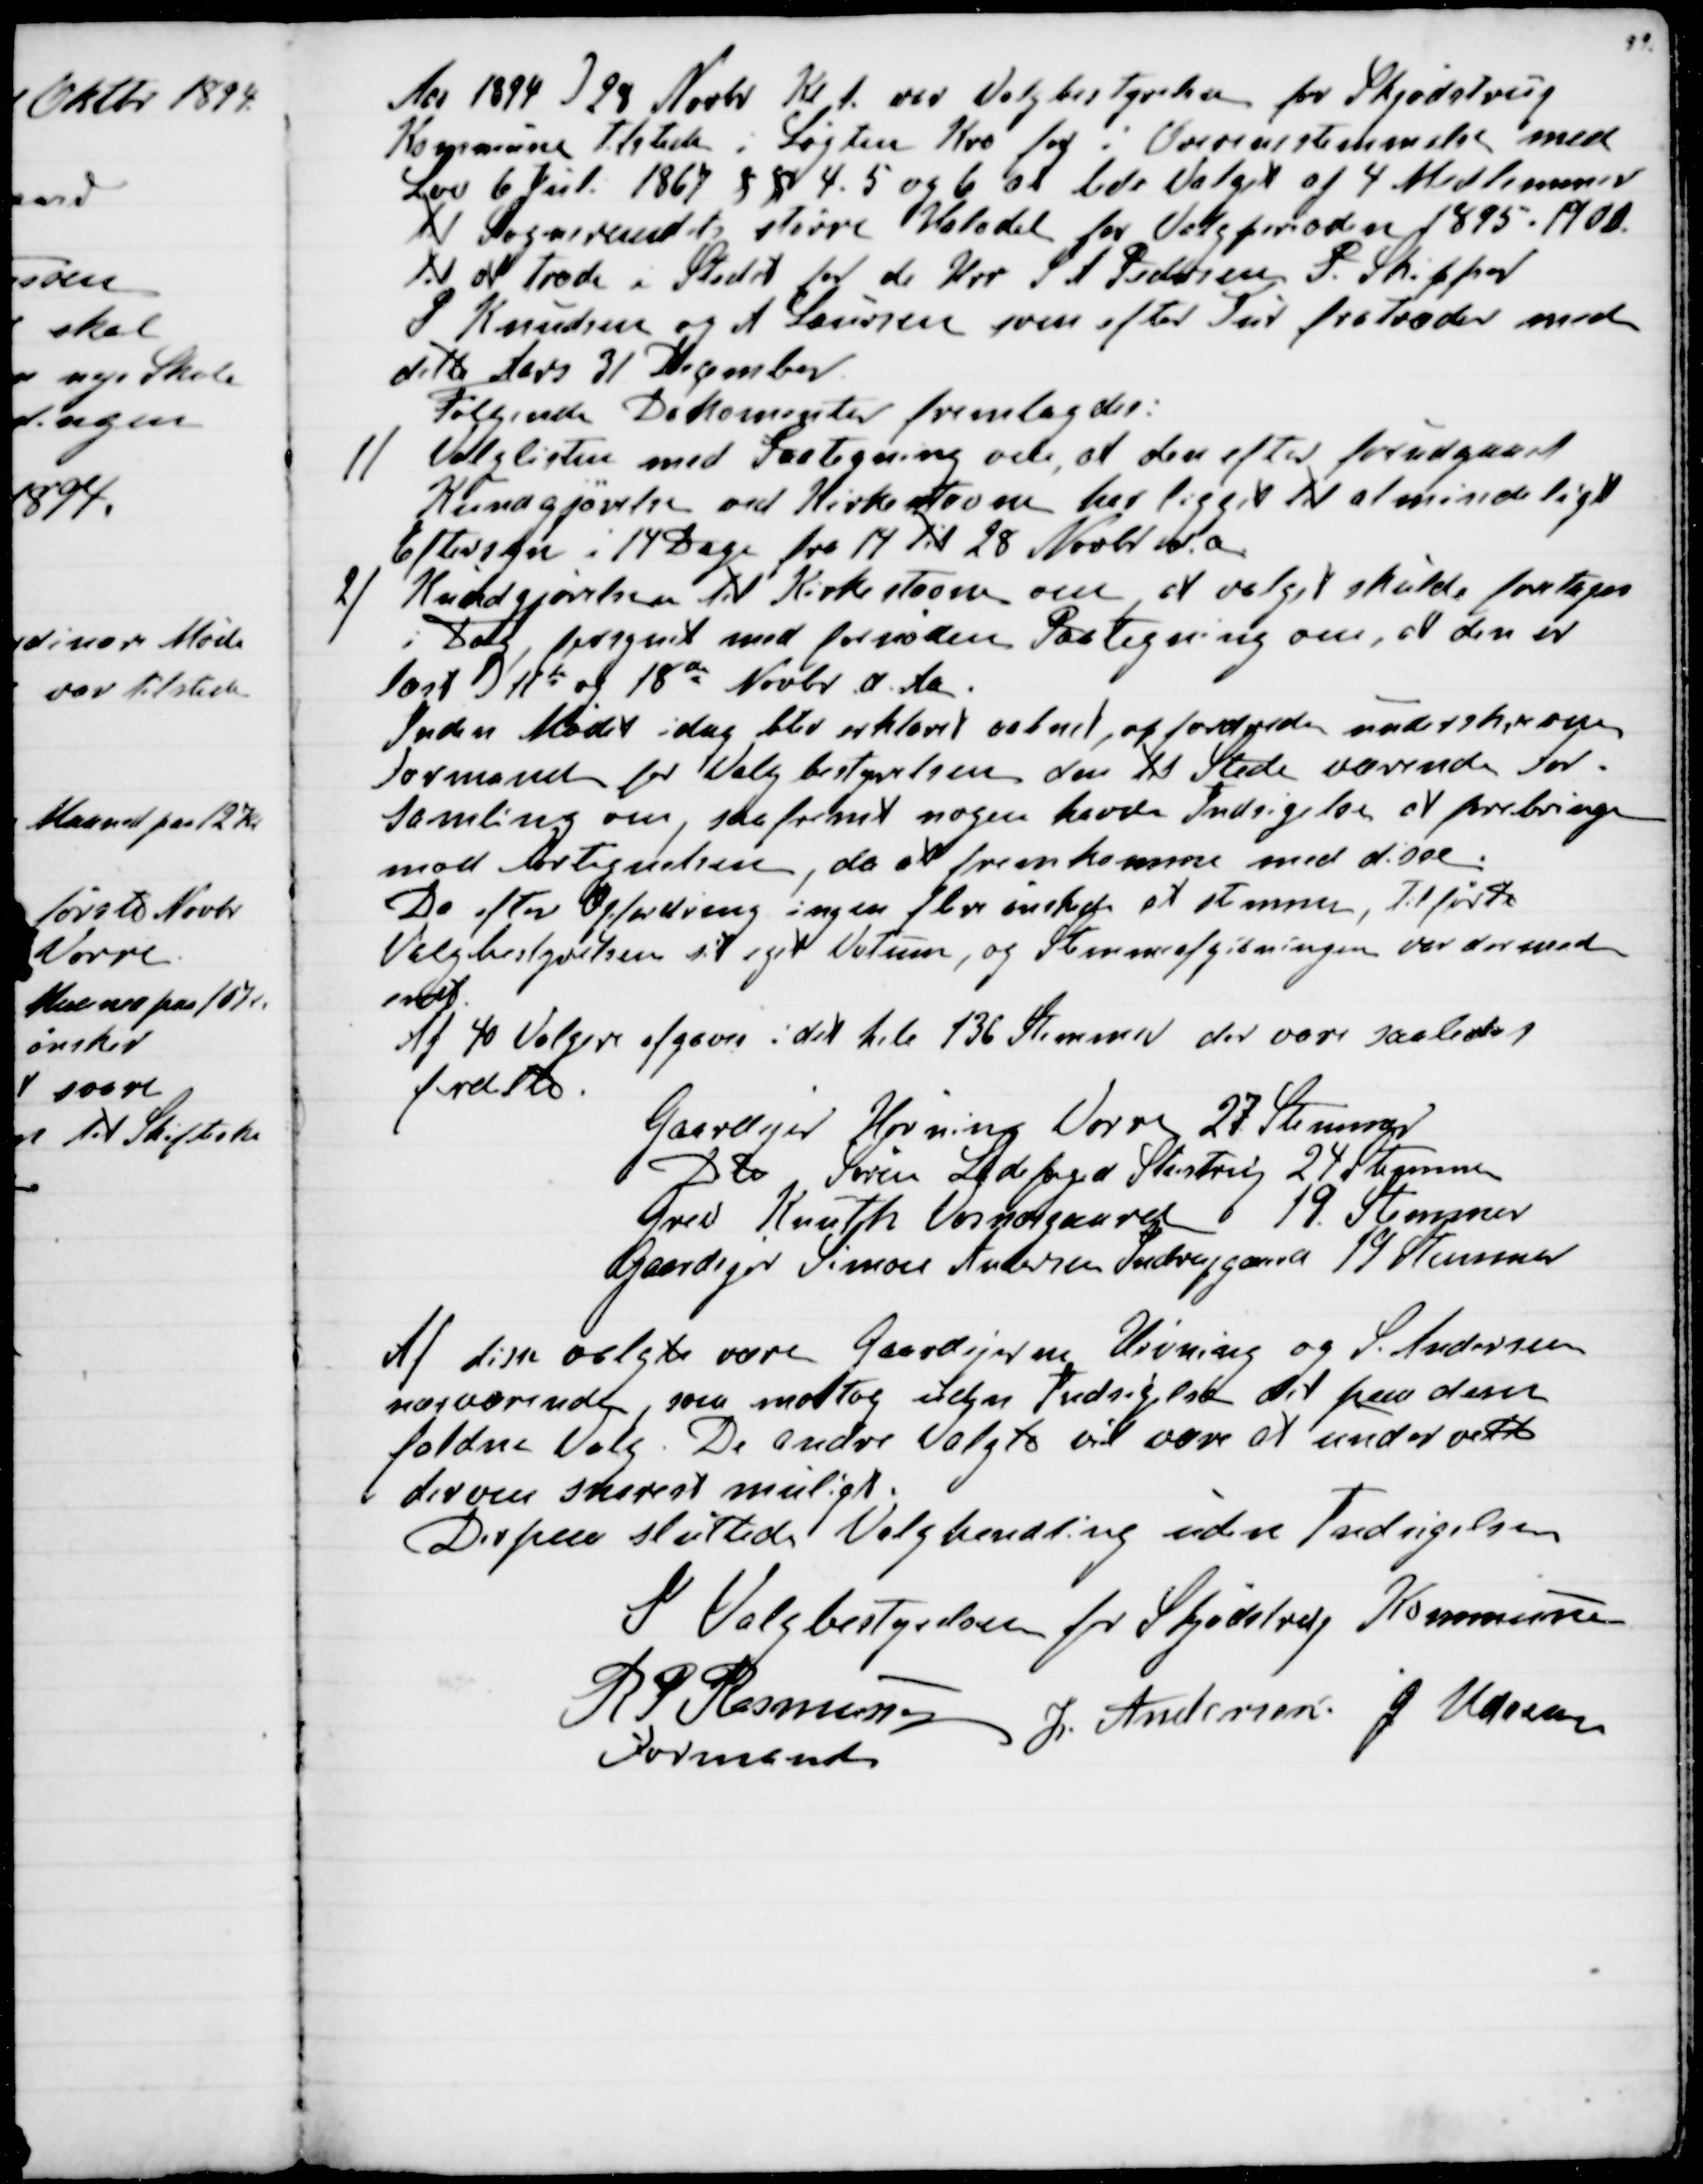
Transskription:
Aar 1894 d 28 Novbr Kl 1. var Valgbestyrelsen for Skjødstrup
Kommune tilstede i Løgten Kro for i Overensstemmelse med 
Lov 6 Juli 1867 §§ 4. 5 og 6 at lede Valget af 4 Medlemmer
til Sogneraadets Halvdel for Valgperioden 1895 - 1900.
til at træde i Stedet for de Hrr S A Pedersen P. Skipper
P Knudsen og A Laursen som efter Tur fratræder med 
dette Aars 31 December.
Følgende Dokomenter fremlagdes:
1) 
Valglisten med Paategning om, at den efter forudgaaet
Kundgjørelse ved Kirkestævne har ligget til almindeligt
Eftersyn i 14 Dage fra 14 til 28 Novbr d. a.
2) Kundgjørelsen til Kirkestævne om at Valget skulde foretages
i Dag, forsynet med fornøden Paategning om, at den er
læst d 11te og 18de Novbr d. Aa.
Inden Mødet idag blev erklæret aabnet, opfordredes underskrevne
Formand for Valgbestyrelsen den til Stede værende For-
samling om, saafremt nogen havde Indsigelse at forebringe
mod Fortegnelsen, da at fremkomme med disse.
Da efter Opfordring ingen flere ønskede at stemme, tilførte
Valgbestyrelsen sit eget Votum, og Stemmeafgivningen var dermed
endt.
Af 40 Vælgere afgaves i det hele 136 Stemmer der vare saaledes
fordelte.
Gaardejer Hørning  Vorre 27 Stemmer
Dito Søren Ladefoged Stenstrup 24 Stemmer
Grev Knuth Vosnæsgaard 19 Stemmer
Gaardejer Simon Andersen Indrupgaard 19 Stemmer
Af de valgte vare Gaardejerne Hørning  og S. Andersen
nærværende, som modtog uden Indsigelse det paa dem
faldne Valg. De andre Valgte vil være at underrette
derom snarest muligt.
Derpaa sluttede Valghandling uden Indsigelser
I Valgbestyrelse for Skjødstrup Kommune
R P Rasmussen
Formand
J. Andersen
J Udsen